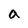
Character: a